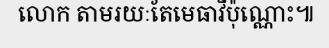
លោក តាមរយៈតែមេធាវីប៉ុណ្ណោះ៕